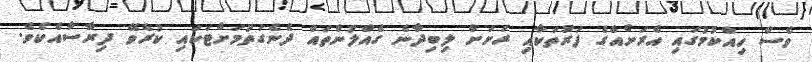
ވެސް ހިއްކުމުގައި އެރަށެއްގެ ފަރުތަކާއި ރަށަށް ލިބިދާނެ ގެއްލުންތައް ދެނެގަތުމަށްޓަކައި ކުރެވޭ ދިރާސާއެކެވެ.